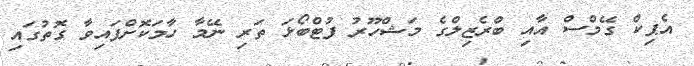
އެޕިކް ގޭމްސް އާއި ބްރެޒިލްގެ މަޝްހޫރު ފުޓްބޯޅަ ތަރި ނޭމާ ހާމަކޮށްފައިވާ ގޮތުގައި